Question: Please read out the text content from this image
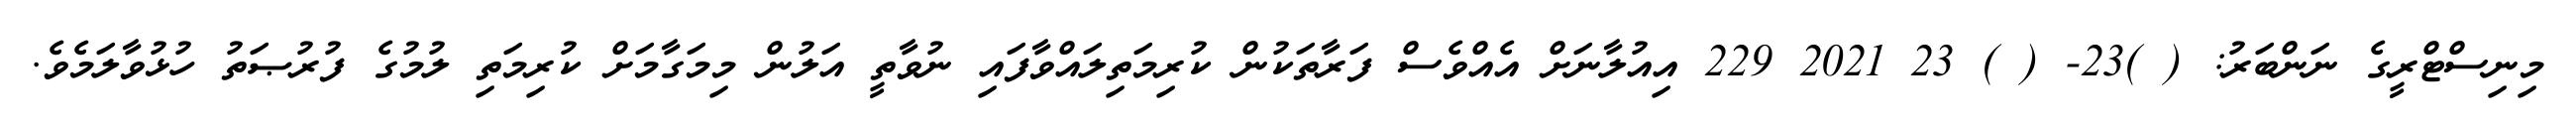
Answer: މިނިސްޓްރީގެ ނަންބަރު: ( )23- ( ) 23 2021 229 އިއުލާނަށް އެއްވެސް ފަރާތަކުން ކުރިމަތިލައްވާފައި ނުވާތީ އަލުން މިމަގާމަށް ކުރިމަތި ލުމުގެ ފުރުޞަތު ހުޅުވާލަމެވެ.